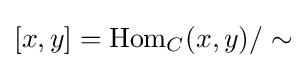
[x,y]=\operatorname {Hom} _{C}(x,y)/\sim